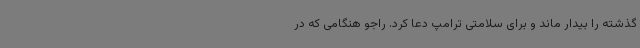
گذشته را بیدار ماند و برای سلامتی ترامپ دعا کرد. راجو هنگامی که در